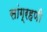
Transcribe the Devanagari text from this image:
सांग्रहणी